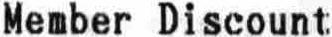
MEMBER DISCOUNT;